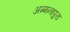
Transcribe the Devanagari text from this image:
अम्मनापुरा